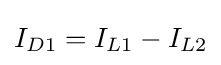
I_{D1}=I_{L1}-I_{L2}